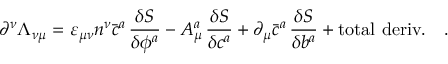
\partial ^ { \nu } \Lambda _ { \nu \mu } = \varepsilon _ { \mu \nu } n ^ { \nu } \bar { c } ^ { a } \, \frac { \delta S } { \delta \phi ^ { a } } - A _ { \mu } ^ { a } \, \frac { \delta S } { \delta c ^ { a } } + \partial _ { \mu } \bar { c } ^ { a } \, \frac { \delta S } { \delta b ^ { a } } + \mathrm { t o t a l ~ d e r i v . } \quad .